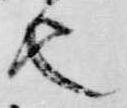
也